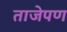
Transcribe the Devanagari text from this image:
ताजेपण